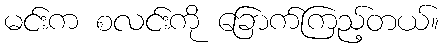
မင်းက စလင်းကို ခြောက်ကြည့်တယ်။